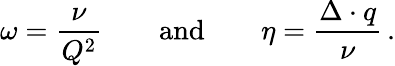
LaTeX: \omega=\frac{\nu}{Q^{2}}\qquad\mathrm{and}\qquad\eta=\frac{\Delta\cdot q}{\nu}\, .